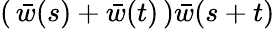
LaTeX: (\, \bar{w}(s)+\bar{w}(t)\, )\bar{w}(s+t)